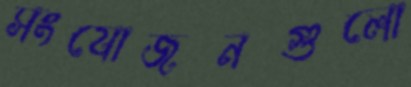
সংযোজনগুলো